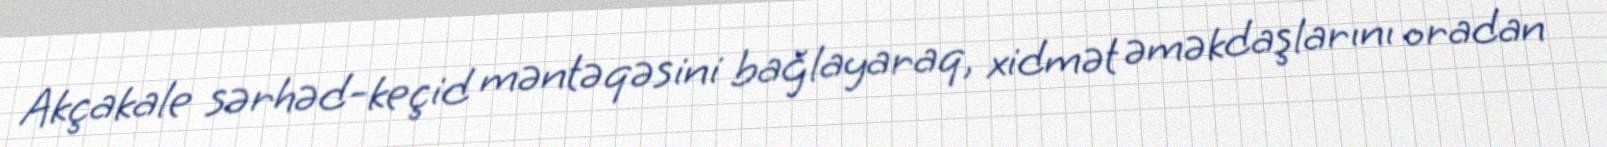
Akçakale sərhəd-keçid məntəqəsini bağlayaraq, xidmət əməkdaşlarını oradan